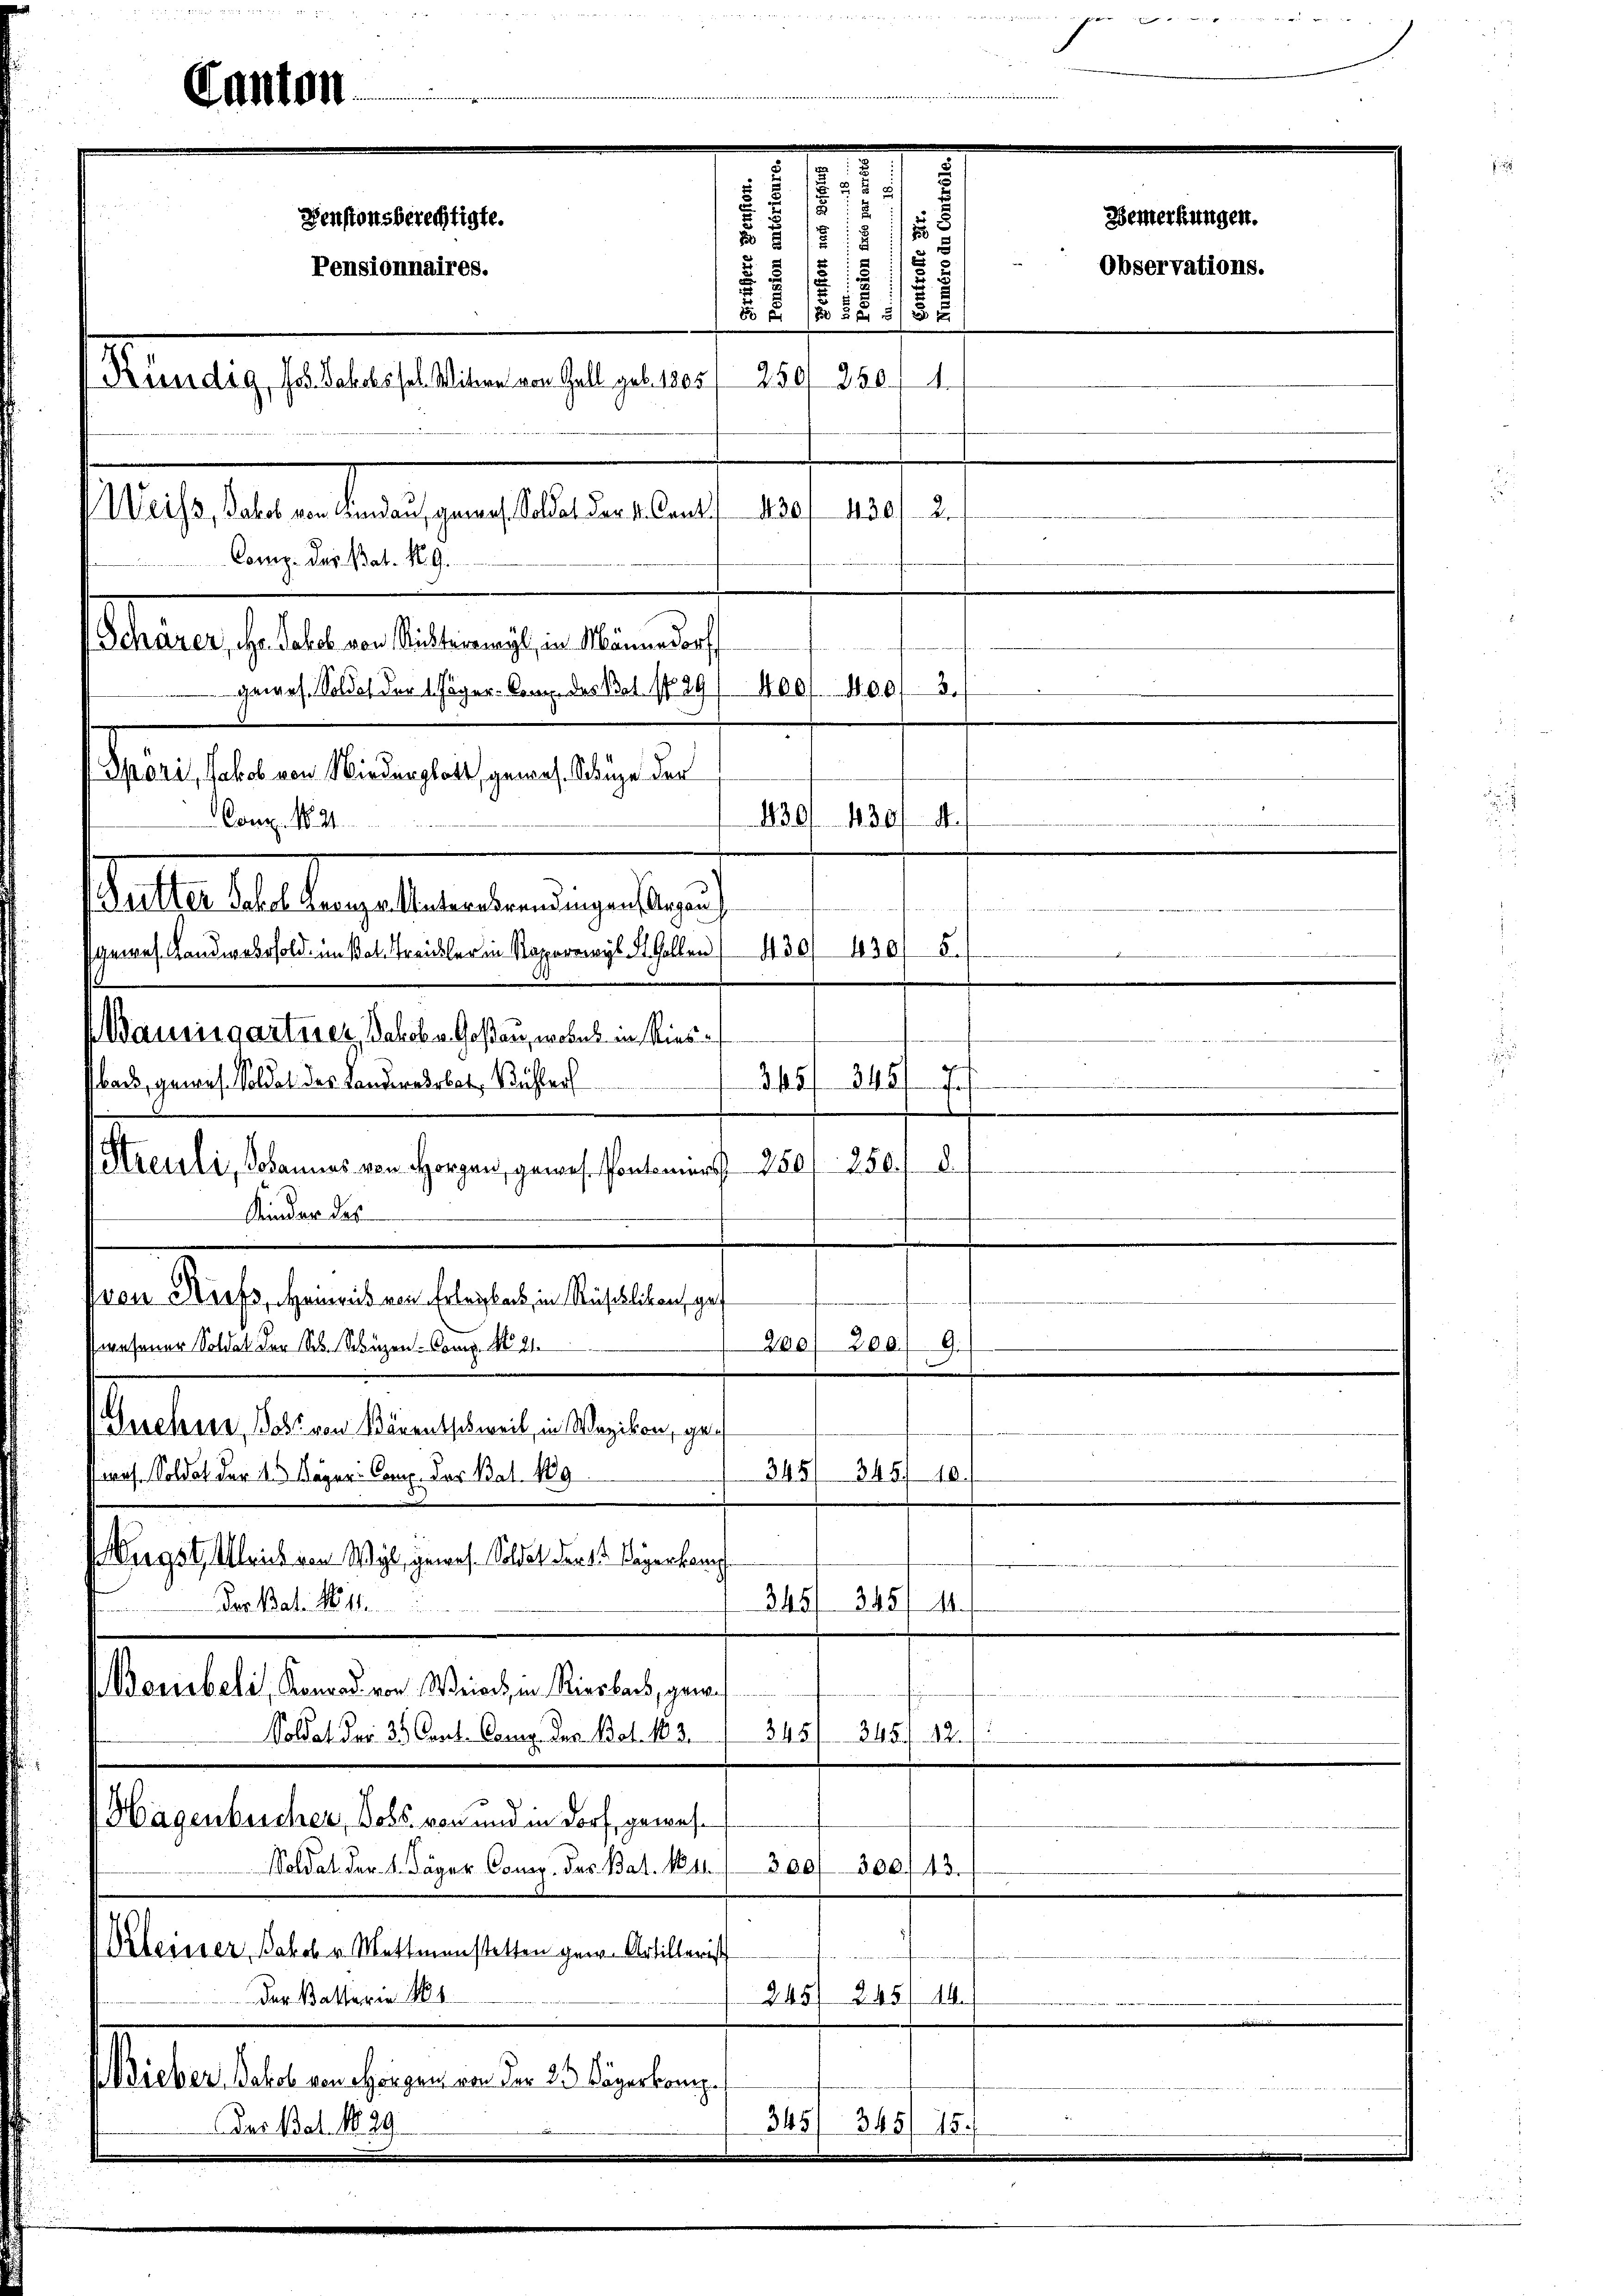
Canton

Denstonsberechtigte.
Pensionnaires.
Kiendig, Jos. Jakobssel Witwe von Gall geb. 1805

Weiss, Jakob von Lindau, gewes Soldat der 4. Cant
Comp. Das Bat. 19.
Schärer, Hr. Jakob von Richterwyl, in Männedorf
gewes. Soldes der 1. Jäger-Comp. das Bat. No 29
Sparis, Jakob von Niederglatt, gewes. Schluge der
430/ 430
Conz. No. 21.
d
Statte des angestanderung als ich
gewes Landwebesold, im Pat. Streikler in Kaperwyl Kt. Gallen 450. 430/5.
Wausisgartner Jakob Goßau, wobel in Riesbar, gewes. Soldat das Landererbot, Bühler
Streuli, Johannes von Horgen, gewes Pontoniers 250
Kinden des
ven Rufs, Heimreis von Erleibens, in Rüschlikon, gef
t
hael Zee
swesener Soldat der St. Schüzen-Comp. N. 21.
G.
Guehere, dass von Bärentschweil, in Wezikon, ge¬
345) 345. 10.
s. Soldat der 4. Kläger Comp. das Bat. 189
Murgst. Ulrich von Wyl, gewes. Soldat der k. Kagerkamp
345/ 345/14.
Der Bat. 11
Berbeli, Konrad von Wein, in Riesbach, gen¬

345/ 345. 12. J
Soldat der 31. Carl. Cong. Der Bat. 183.
Hagenbucher, Dobs von und in Dorf, gewes¬
Soldat der 1. Jäger Comp. des Bat. N. 11.
300/ 300/43.
Kleiner Jakob v. Mettmenstetten gew. Artillerist
Der Batterer 185
245/ 245/14.
Wieber, Jakob von eigen von der 23 Sägerkamp.
345/ 345/18.
Das Bat. 1829.

.
.
5
.
Bemerkungen.
7
2
i
2

t
Observations.
2
28

250/ 380, 1
430/430/2.

¬
s
2
4. 66 f. 60

d
245/ 345
I
250.
d
.